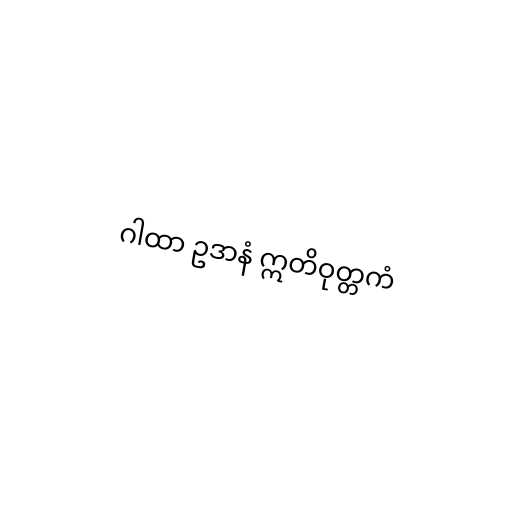
ဂါထာ ဥဒာနံ ဣတိဝုတ္တကံ